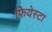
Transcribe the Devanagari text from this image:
फियेस्टा